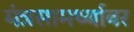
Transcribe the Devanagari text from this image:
मंत्रसामर्थ्यावर